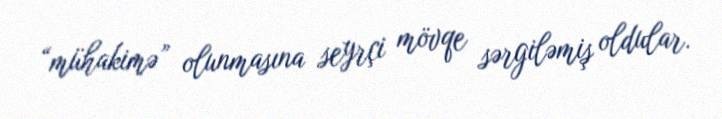
“mühakimə” olunmasına seyrçi mövqe sərgiləmiş oldular.